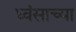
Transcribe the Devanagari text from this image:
ध्वंसाच्या